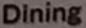
Dining